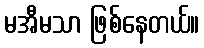
မအီမသာ ဖြစ်နေတယ်။